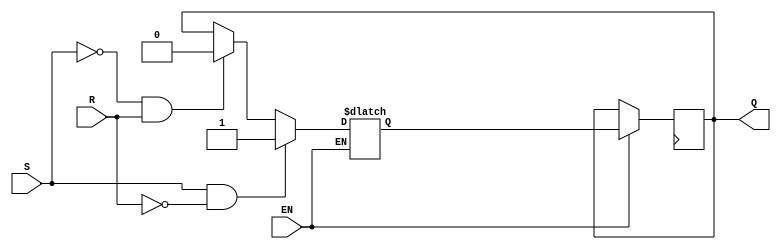
module sr_flip_flop(input S, input R, input EN, output reg Q, output reg Q);

  // Internal Signals
  reg Q_next;
  reg Q_next_bar;

  always @(S, R, EN)
    begin
      if(EN)
        begin
          if(S && (~R))
            begin
              Q_next = 1;
              Q_next_bar = 0;
            end
          else if((~S) && R)
            begin
              Q_next = 0;
              Q_next_bar = 1;
            end
          else
            begin
              Q_next = Q;
              Q_next_bar = Q_bar;
            end
        end
    end

  always @(posedge clock)
    begin
      if(EN)
        begin
          Q <= Q_next;
          Q_bar <= Q_next_bar;
        end
    end

endmodule